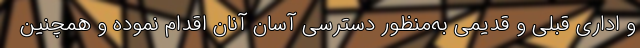
و اداری قبلی و قدیمی به‌منظور دسترسی آسان آنان اقدام نموده و همچنین